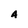
Character: A